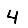
Digit: 4